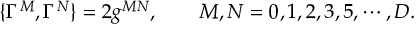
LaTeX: \{ \Gamma ^ { M } , \Gamma ^ { N } \} = 2 g ^ { M N } , \qquad M , N = 0 , 1 , 2 , 3 , 5 , \cdots , D .